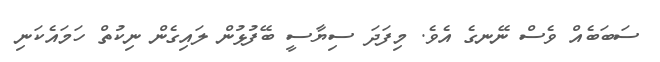
ސަބަބެއް ވެސް ނޭނގެ އެވެ. މިފަދަ ސިޔާސީ ބޭފުޅުން ލައިގެން ނިކުތް ހަމައެކަނި